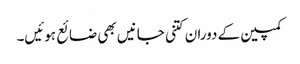
کمپین کے دوران کتنی جانیں بھی ضائع ہوئیں۔